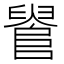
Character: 𨺫